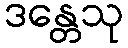
ဒန္တေသု